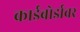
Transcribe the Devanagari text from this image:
कार्डबोर्डावर